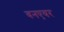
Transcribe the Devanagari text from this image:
वनएयर